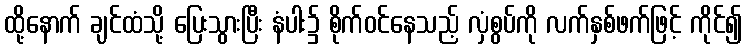
ထို့နောက် ချင်ထံသို့ ပြေးသွားပြီး နံပါး၌ စိုက်ဝင်နေသည့် လှံစွပ်ကို လက်နှစ်ဖက်ဖြင့် ကိုင်၍